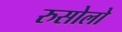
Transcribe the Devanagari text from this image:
रुसोलो